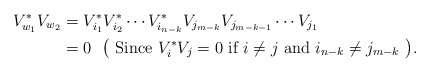
\begin{align*}V_{w_{1}}^{*}V_{w_{2}}&=V_{i_1}^{*}V_{i_{2}}^{*}\cdots V_{i_{n-k}}^{*}V_{j_{m-k}}V_{j_{m-k-1}}\cdots V_{j_{1}}\\ &=0 \textrm{~~\big( Since $V_{i}^{*}V_{j}=0$ if $i \neq j$ and $i_{n-k} \neq j_{m-k}$ \big)}. \end{align*}